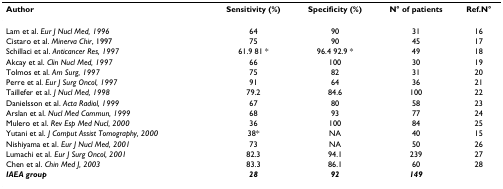
<table><thead><tr><td><b>Author</b></td><td><b>Sensitivity (%)</b></td><td><b>Specificity (%)</b></td><td><b>N° of patients</b></td><td><b>Ref.N°</b></td></tr></thead><tbody><tr><td>Lam et al. <i>Eur J Nucl Med, 1996</i></td><td>64</td><td>90</td><td>31</td><td>16</td></tr><tr><td>Cistaro et al. <i>Minerva Chir</i>, 1997</td><td>75</td><td>90</td><td>45</td><td>17</td></tr><tr><td>Schillaci et al. <i>Anticancer Res, 1997</i></td><td>61.9 81 *</td><td>96.4 92.9 *</td><td>49</td><td>18</td></tr><tr><td>Akcay et al. <i>Clin Nucl Med, 1997</i></td><td>66</td><td>100</td><td>30</td><td>19</td></tr><tr><td>Tolmos et al. <i>Am Surg, 1997</i></td><td>75</td><td>82</td><td>31</td><td>20</td></tr><tr><td>Perre et al. <i>Eur J Surg Oncol, 1997</i></td><td>91</td><td>64</td><td>36</td><td>21</td></tr><tr><td>Taillefer et al. <i>J Nucl Med, 1998</i></td><td>79.2</td><td>84.6</td><td>100</td><td>22</td></tr><tr><td>Danielsson et al. <i>Acta Radiol, 1999</i></td><td>67</td><td>80</td><td>58</td><td>23</td></tr><tr><td>Arslan et al. <i>Nucl Med Commun, 1999</i></td><td>68</td><td>93</td><td>77</td><td>24</td></tr><tr><td>Mulero et al. <i>Rev Esp Med Nucl, 2000</i></td><td>36</td><td>100</td><td>84</td><td>25</td></tr><tr><td>Yutani et al. <i>J Comput Assist Tomography, 2000</i></td><td>38*</td><td>NA</td><td>40</td><td>15</td></tr><tr><td>Nishiyama et al. <i>Eur J Nucl Med, 2001</i></td><td>73</td><td>NA</td><td>50</td><td>26</td></tr><tr><td>Lumachi et al. <i>Eur J Surg Oncol, 2001</i></td><td>82.3</td><td>94.1</td><td>239</td><td>27</td></tr><tr><td>Chen et al. <i>Chin Med J, 2003</i></td><td>83.3</td><td>86.1</td><td>60</td><td>28</td></tr><tr><td><b><i>IAEA group</i></b></td><td><b><i>28</i></b></td><td><b><i>92</i></b></td><td><b><i>149</i></b></td><td></td></tr></tbody></table>